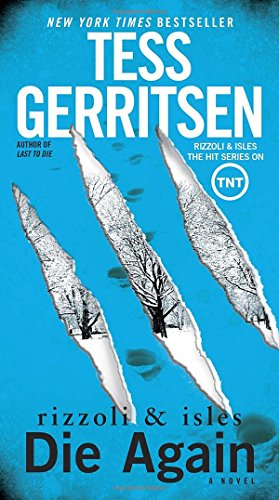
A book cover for Die Again: A Rizzoli & Isles Novel; Tess Gerritsen; Mystery, Thriller & Suspense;